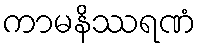
ကာမနိဿရဏံ